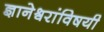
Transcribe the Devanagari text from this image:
ज्ञानेश्र्वरांविषयी